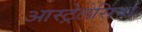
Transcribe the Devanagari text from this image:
आस्ट्रेलेसिया